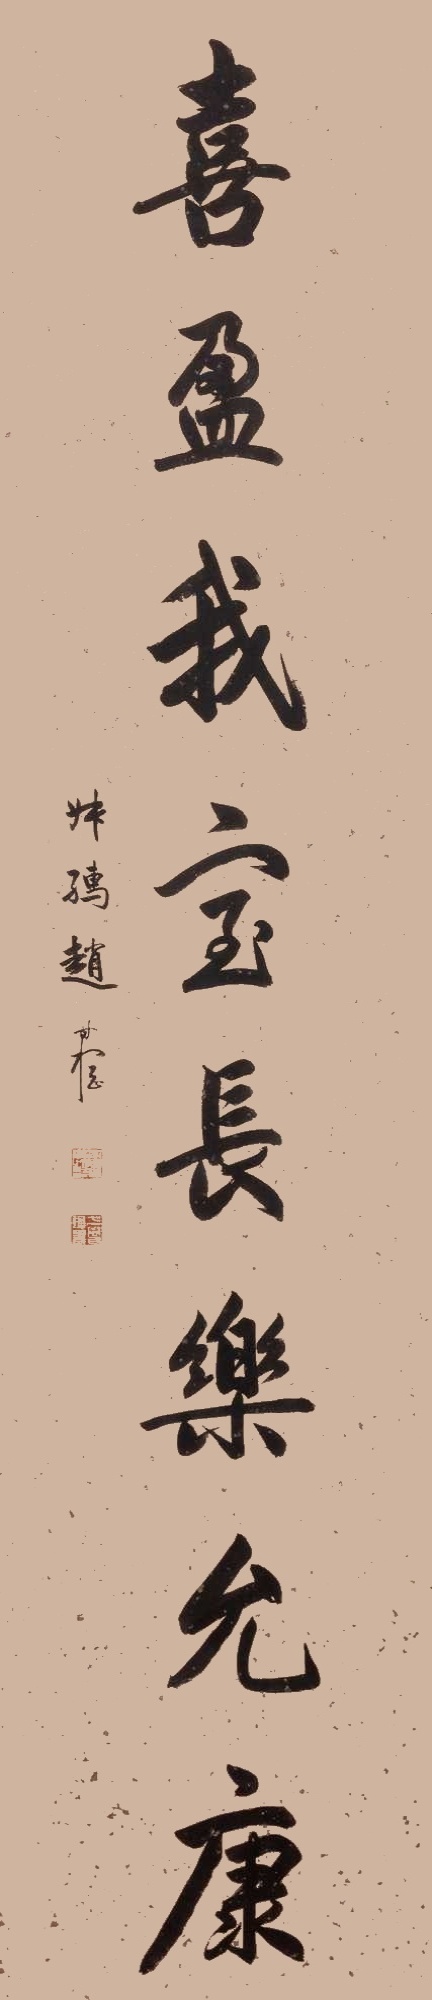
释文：喜盈我宝长乐允康叔孺赵时㭎